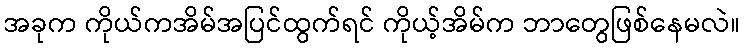
အခုက ကိုယ်ကအိမ်အပြင်ထွက်ရင် ကိုယ့်အိမ်က ဘာတွေဖြစ်နေမလဲ။